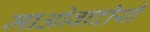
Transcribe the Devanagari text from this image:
माओवादीयौं